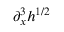
\partial _ { x } ^ { 3 } h ^ { 1 / 2 }